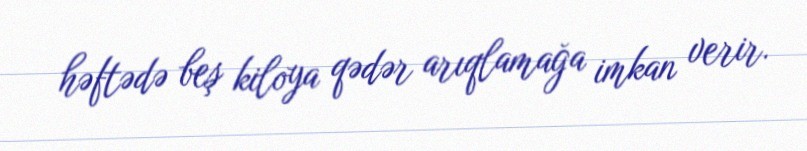
həftədə beş kiloya qədər arıqlamağa imkan verir.